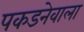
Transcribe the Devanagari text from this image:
पकडनेवाला